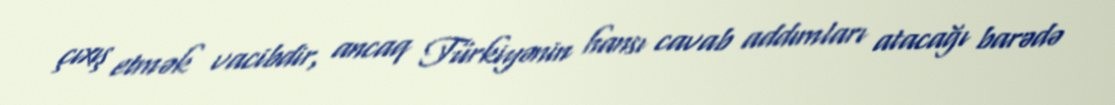
çıxış etmək vacibdir, ancaq Türkiyənin hansı cavab addımları atacağı barədə